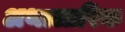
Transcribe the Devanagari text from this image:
अथालारिक